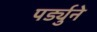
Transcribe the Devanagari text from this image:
पर्ड्युने